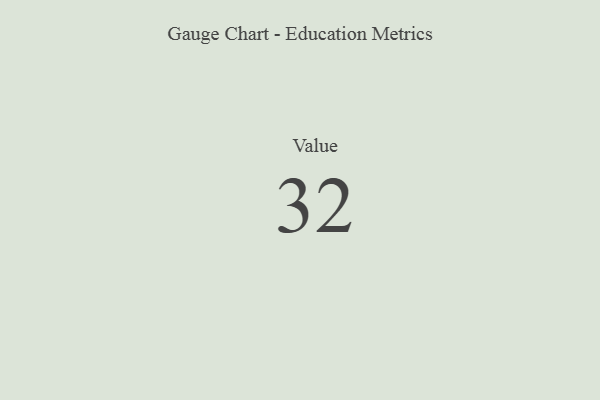
{"axis": {"x": "Metric", "y": "Value"}, "legend": [""], "data": [{"x": "Value", "y": 32, "type": ""}]}